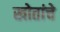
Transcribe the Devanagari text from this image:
खोतांचे